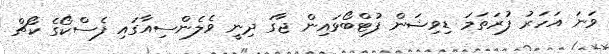
ވަނަ އަހަރު ފުރަތަމަ ޑިވިޝަން ފުޓްބޯޅައިން ޖާގަ ދިނީ ވެލެންސިއާގައި ފެސްކޯގެ ކޯޗް